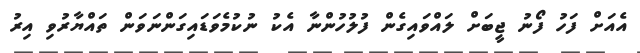
އެއަށް ފަހު ފޯނު ޖީބަށް ލައްވައިގެން ފުލުހުންނާ އެކު ނުކުމެވަޑައިގަންނަވަން ތައްޔާރުވި އިރު